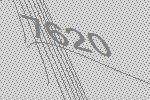
7620